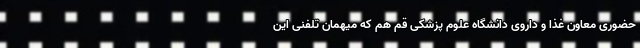
حضوری معاون غذا و داروی دانشگاه علوم پزشکی قم هم که میهمان تلفنی این